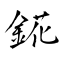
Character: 錵